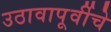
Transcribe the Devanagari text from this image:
उठावापूर्वीचे